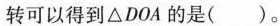
转可以得到△DOA的是( )。